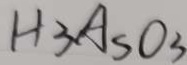
H _ { 3 } A _ { S } O _ { 3 }